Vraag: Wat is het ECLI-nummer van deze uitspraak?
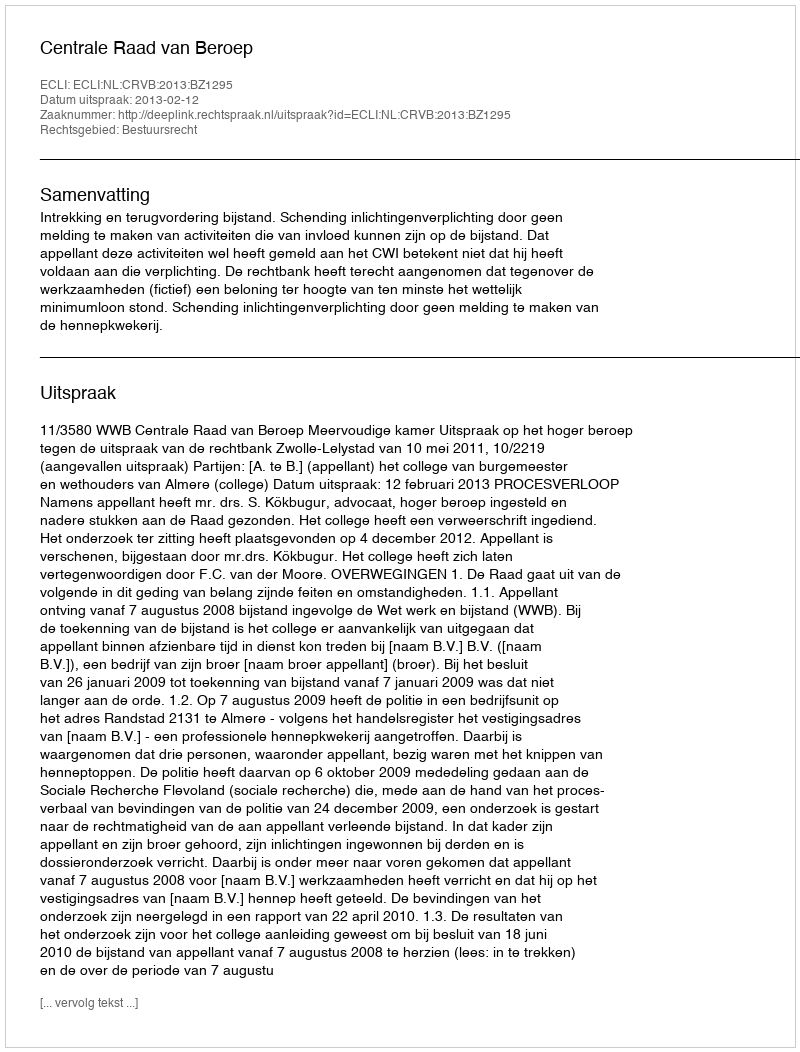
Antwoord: ECLI:NL:CRVB:2013:BZ1295